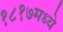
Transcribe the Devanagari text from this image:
१८१७मध्ये